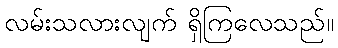
လမ်းသလားလျက် ရှိကြလေသည်။